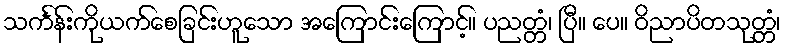
သင်္ကန်းကိုယက်စေခြင်းဟူသော အကြောင်းကြောင့်။ ပညတ္တံ၊ ပြီ။ ပေ။ ဝိညာပိတသုတ္တံ၊